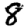
Digit: 8